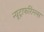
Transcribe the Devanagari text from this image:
न्यूट्राफरिंग्ल्स